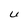
Character: U